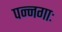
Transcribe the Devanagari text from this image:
पन्नगाः